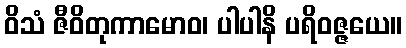
ဝိသံ ဇီဝိတုကာမောဝ၊ ပါပါနိ ပရိဝဇ္ဇယေ။